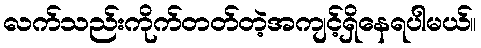
လက်သည်းကိုက်တတ်တဲ့အကျင့်ရှိနေရပါမယ်။